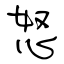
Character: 怒